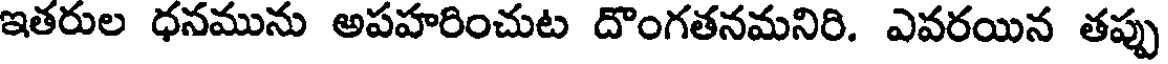
ఇతరుల ధనమును అపహరించుట దొంగతనమనిరి. ఎవరయిన తప్పు